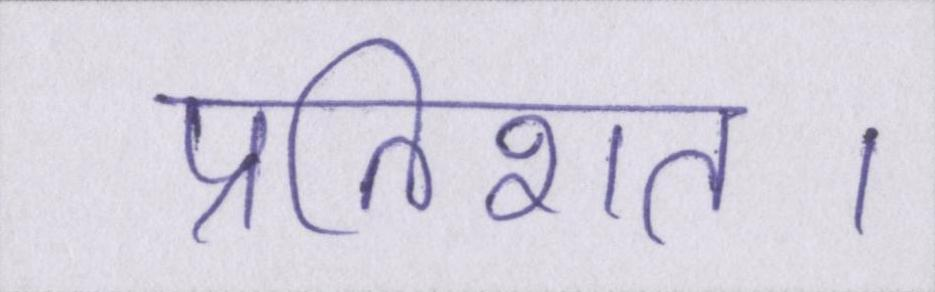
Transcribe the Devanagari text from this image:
प्रतिशत।